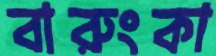
বারুংকা